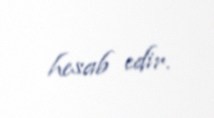
hesab edir.